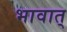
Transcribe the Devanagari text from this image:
भावात्